King Institute of Preventive Medicine Micro-Biological Section reports 1909-11
Year: 1909
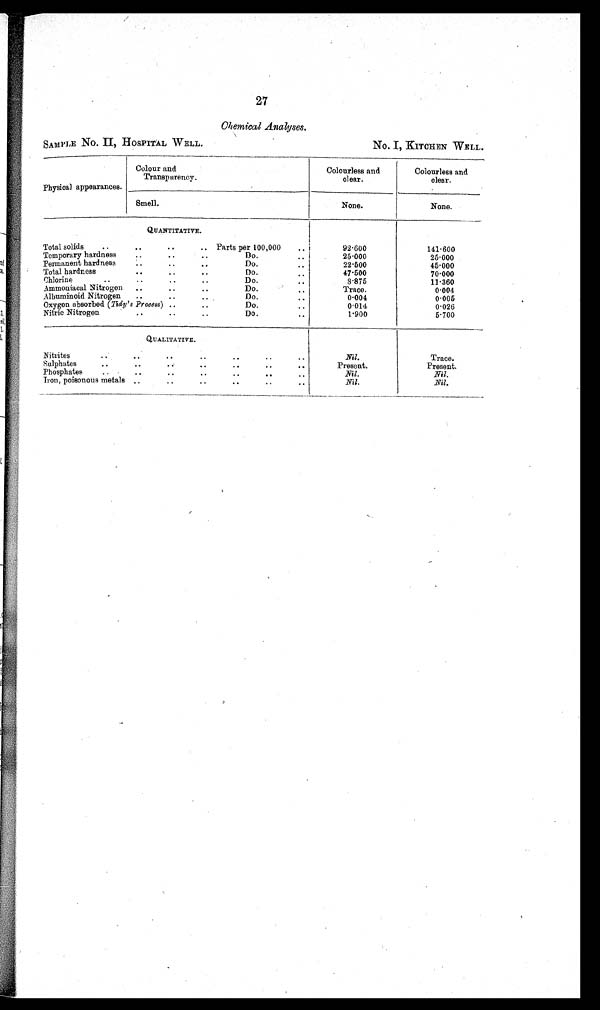
SAMPLE NO. II, HOSPITAL WELL.
No. I, KITCHEN WELL.
27
Chemical Analyses.
Physical appearances
Colour and
Transparency.
_
Colourless and
clear.
Colourless and
clear.
.
Smell.
None.
None.
QUANTITATIVE.
Total solids
.••
..
.. Parts per 100,000
.. i
92.600
141.600
Temporary hardness
..
• •
..
Do...
25.000
25.000
Permanent hardness• •
• •
Do.
..
22.500
45.000
Total hardness
• •
..
..
Do
47.500
70.000
Chlorine
..
..
• •
Do.
• •
11.360
Ammoniacal Nitrogen , , • . ..
Do.
• •
T r a c e .
0.004
Albuminoid Nitrogen .. • • ..
Do.
. .
0.004
0 005
Oxygen absorbed (Tidy's Process) ..
.. •
Do.
0.014
0.026
Nitric Nitrogen.. • •
• •
- •
• •
1.900
5 . 7 0 0
QUALITATIVE.
Nitrites
..
..
. .. •
..
Nil.
Trace.
Sulphates
..
• •
• . • •
• •
• •
• •
Present.
Present.
Phosphates
..
..
..
..
• •
• .
Nil.
Nil.
Iron, poisonous metals ..
• •
' •
• •• •
Nil.
N i l .